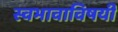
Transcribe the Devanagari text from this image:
स्वभावाविषयी